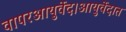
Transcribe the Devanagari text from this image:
वापरआयुर्वेद।आयुर्वेदात